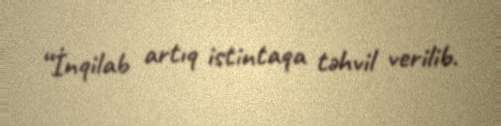
“İnqilab artıq istintaqa təhvil verilib.